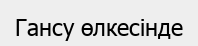
Гансу өлкесінде